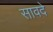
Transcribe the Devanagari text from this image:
सावदे